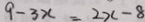
9 - 3 x = 2 x - 8